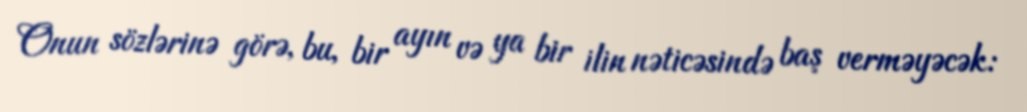
Onun sözlərinə görə, bu, bir ayın və ya bir ilin nəticəsində baş verməyəcək: